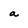
Character: a